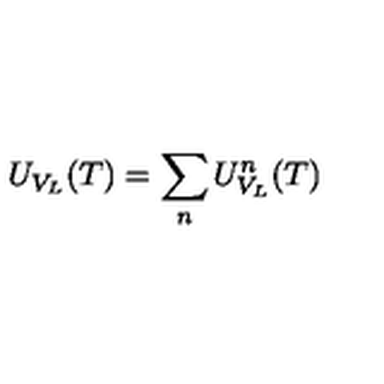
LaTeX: U _ { V _ { L } } ( T ) = \sum _ { n } U _ { V _ { L } } ^ { n } ( T )